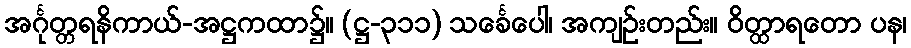
အင်္ဂုတ္တရနိကာယ်-အဋ္ဌကထာ၌။ (ဋ္ဌ-၃၁၁) သင်္ခေပေါ၊ အကျဉ်းတည်း။ ဝိတ္ထာရတော ပန၊